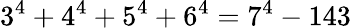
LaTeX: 3^{4}+4^{4}+5^{4}+6^{4}=7^{4}-143